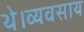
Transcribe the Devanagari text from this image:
थे।व्यवसाय